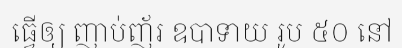
ធ្វើឲ្យ ញាប់ញ័រ ឧបាទាយ រូប ៥០ នៅ